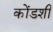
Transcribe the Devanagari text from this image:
कोंडशी